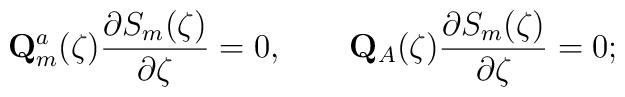
\mathbf{Q}_m^a(\zeta) \frac{\partial S_m(\zeta)}{\partial \zeta} = 0,\qquad\mathbf{Q}_A(\zeta) \frac{\partial S_m(\zeta)}{\partial \zeta} = 0;